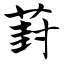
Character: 葑